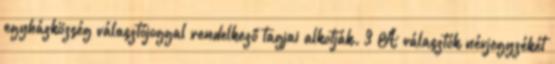
egyházközség választójoggal rendelkező tagjai alkotják. 3 A választók névjegyzékét